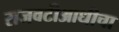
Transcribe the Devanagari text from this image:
राजवटीआधीचा